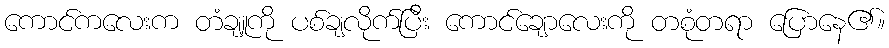
ကောင်ကလေးက တံချူကို ပစ်ချလိုက်ပြီး ကောင်ချောလေးကို တစုံတရာ ပြောနေ၏။